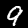
Label: 9